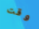
وقت